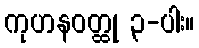
ကုဟနဝတ္ထု ၃-ပါး။